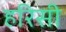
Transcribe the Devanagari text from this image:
हरिसी